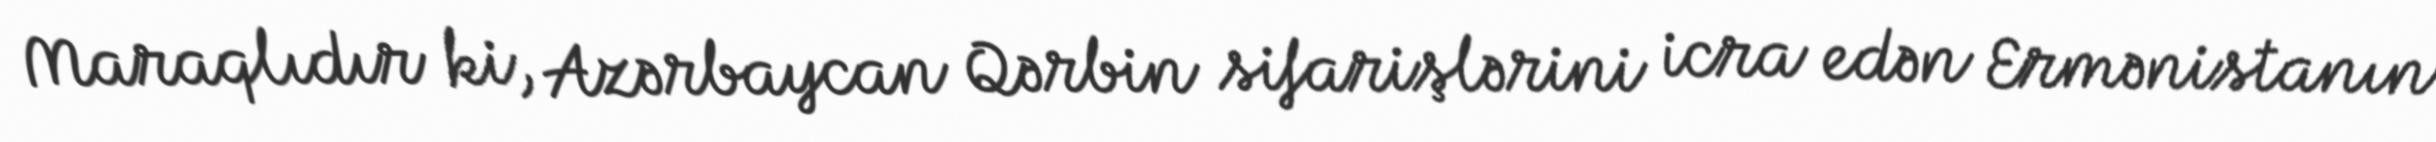
Maraqlıdır ki, Azərbaycan Qərbin sifarişlərini icra edən Ermənistanın